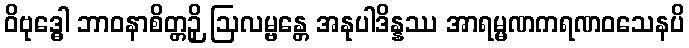
ဝိဗုဒ္ဓေါ ဘာဝနာစိတ္တဉှိ ဩလမ္ဗန္တေ အနုပါဒိန္နဿ အာရမ္မဏကရဏဝသေနပိ